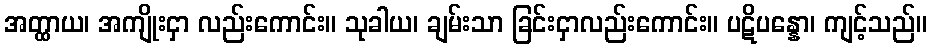
အတ္ထာယ၊ အကျိုးငှာ လည်းကောင်း။ သုခါယ၊ ချမ်းသာ ခြင်းငှာလည်းကောင်း။ ပဋိပန္နော၊ ကျင့်သည်။